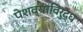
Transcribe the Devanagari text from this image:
पेशव्यांविरुद्ध